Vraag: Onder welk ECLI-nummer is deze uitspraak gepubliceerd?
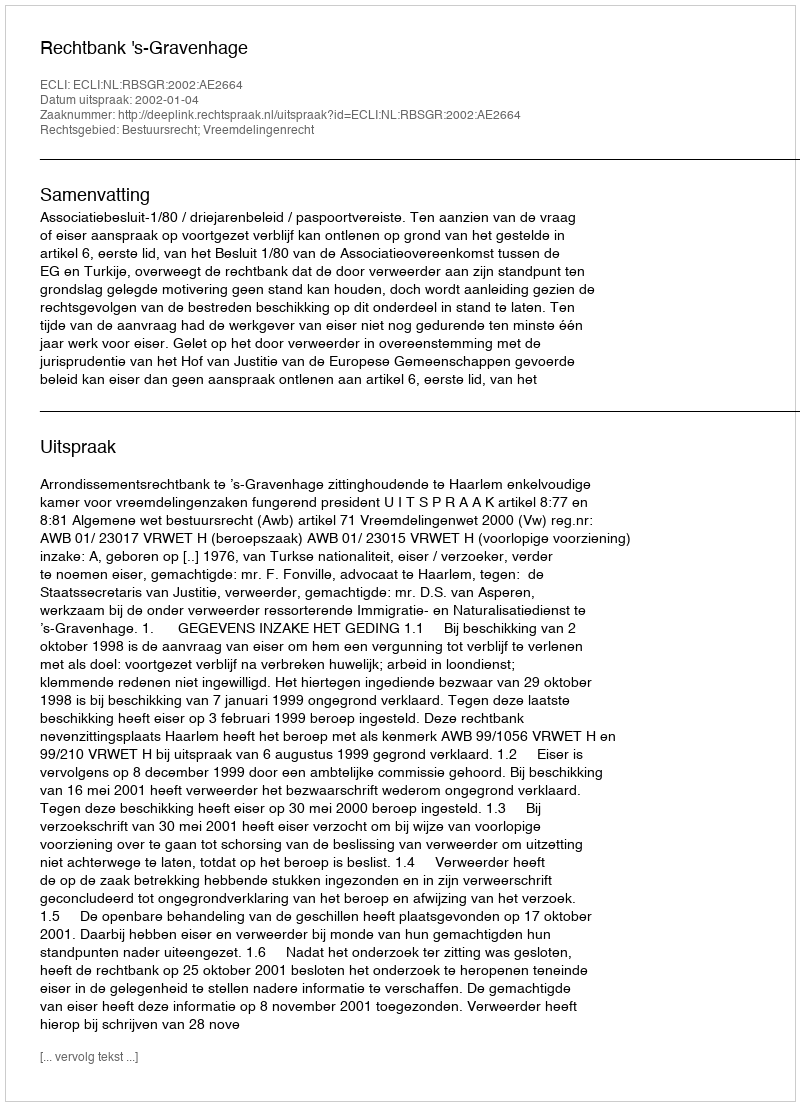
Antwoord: ECLI:NL:RBSGR:2002:AE2664